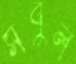
সবুল